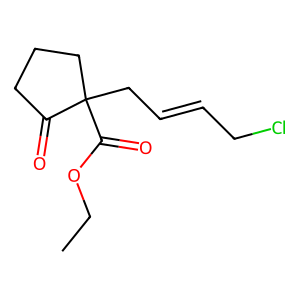
SMILES: CCOC(=O)C1(CC=CCCl)CCCC1=O
Inhibits HIV replication: No